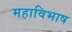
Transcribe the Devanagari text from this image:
महाविभाष